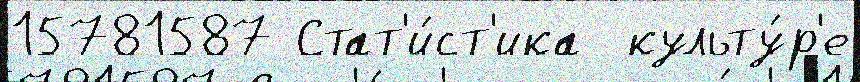
15781587 Стат'и́ст'ика  культу́р'е